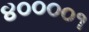
૪૦૦૦૦૧